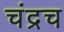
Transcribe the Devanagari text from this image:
चंद्रच